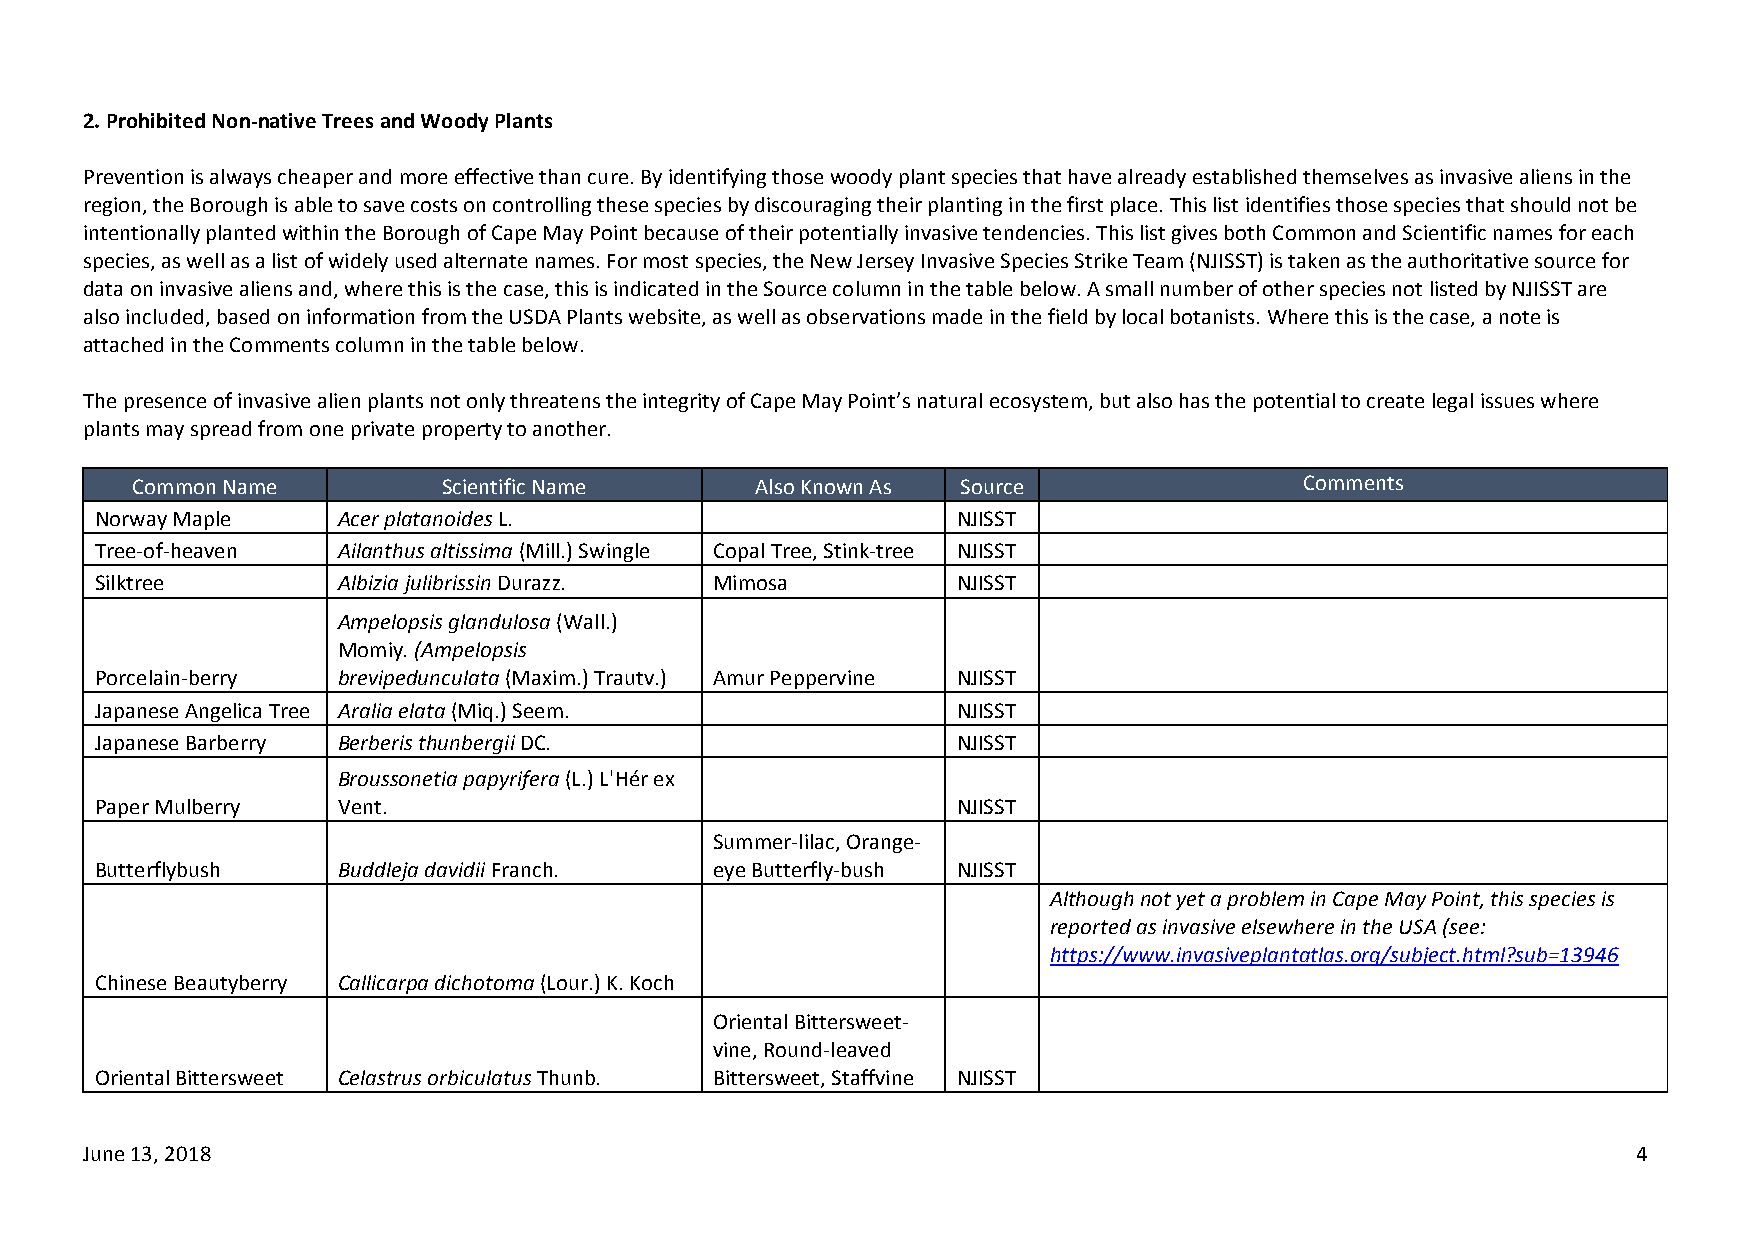
2. Prohibited Non-native Trees and Woody Plants
 Prevention is always cheaper and more effective than cure. By identifying those woody plant species that have already established themselves as invasive aliens in the
 region, the Borough is able to save costs on controlling these species by discouraging their planting in the first place. This list identifies those species that should not be
 intentionally planted within the Borough of Cape May Point because of their potentially invasive tendencies. This list gives both Common and Scientific names for each
 species, as well as a list of widely used alternate names. For most species, the New Jersey Invasive Species Strike Team (NJISST) is taken as the authoritative source for
 data on invasive aliens and, where this is the case, this is indicated in the Source column in the table below. A small number of other species not listed by NJISST are
 also included, based on information from the USDA Plants website, as well as observations made in the field by local botanists. Where this is the case, a note is
 attached in the Comments column in the table below.
 The presence of invasive alien plants not only threatens the integrity of Cape May Point’s natural ecosystem, but also has the potential to create legal issues where
 plants may spread from one private property to another.
 Common Name         Scientific Name      Also Known As Source                Comments
 Norway Maple    Acer platanoides L.                      NJISST
 Tree-of-heaven  Ailanthus altissima (Mill.) Swingle Copal Tree, Stink-tree NJISST
 Silktree        Albizia julibrissin Durazz. Mimosa       NJISST
 Ampelopsis glandulosa (Wall.)
 Momiy. (Ampelopsis
 Porcelain-berry brevipedunculata (Maxim.) Trautv.) Amur Peppervine NJISST
 Japanese Angelica Tree Aralia elata (Miq.) Seem.         NJISST
 Japanese Barberry Berberis thunbergii DC.                NJISST
 Broussonetia papyrifera (L.) L'Hér ex
 Paper Mulberry  Vent.                                    NJISST
 Summer-lilac, Orange-
 Butterflybush   Buddleja davidii Franch. eye Butterfly-bush NJISST
 Although not yet a problem in Cape May Point, this species is
 reported as invasive elsewhere in the USA (see:
 https://www.invasiveplantatlas.org/subject.html?sub=13946
 Chinese Beautyberry Callicarpa dichotoma (Lour.) K. Koch
 Oriental Bittersweet-
 vine, Round-leaved
 Oriental Bittersweet Celastrus orbiculatus Thunb. Bittersweet, Staffvine NJISST
 June 13, 2018                                                                                          4